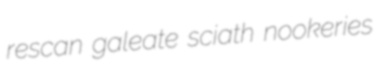
rescan galeate sciath nookeries